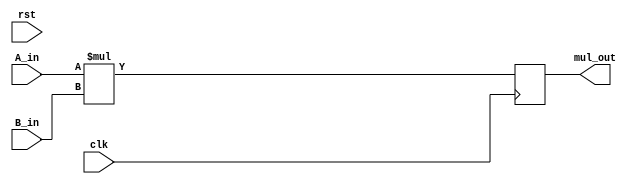

module Multiplier #(
			parameter DATA_WIDTH = 16,
			parameter MUL_WIDTH = 32
		  )(
			input clk,
			input rst,
			input [DATA_WIDTH-1: 0] A_in,
			input [DATA_WIDTH-1: 0] B_in,
			output [MUL_WIDTH-1: 0] mul_out
		  );

reg [MUL_WIDTH-1: 0] mul_result;

always@(posedge clk) begin
	mul_result = A_in * B_in;
	$display("MUL UNIT ----- : CLK = %d, A = %d, B = %d, MUL Res = %d",clk,A_in, B_in, mul_result );
end

assign mul_out = mul_result;

endmodule